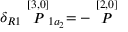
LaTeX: \delta _ { R 1 } \stackrel { [ 3 , 0 ] } { P } _ { 1 a _ { 2 } } = - \stackrel { [ 2 , 0 ] } { P }